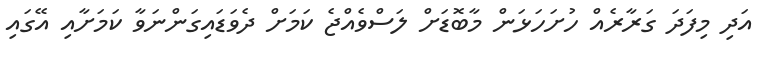
އަދި މިފަދަ ގަރާރެއް ހުށަހަޅަން މާބޮޑަށް ލަސްވެއްޖެ ކަމަށް ދެވަޑައިގަންނަވާ ކަމަށާއި އޭގައި